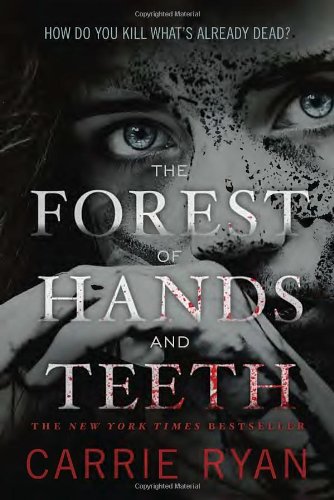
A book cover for The Forest of Hands and Teeth; Carrie Ryan; Teen & Young Adult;